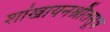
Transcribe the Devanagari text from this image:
शांखायनश्रौतसूत्र